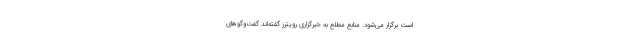
است برگزار می‌شود. منابع مطلع به خبرگزاری رویترز گفته‌اند گفت‌وگوهای